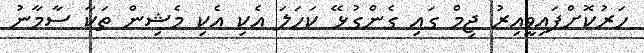
ހަރުކޮށްފައިވީއިރު ޖިމް ގައި ގެންގުޅޭ ކަހަލަ އެކި އެކި މެޝިން ތަކާ ސާމާނު